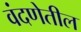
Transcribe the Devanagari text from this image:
वंदणेतील